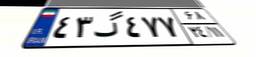
۹۲گ۷۴۷۲۷